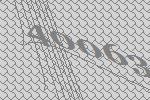
40063